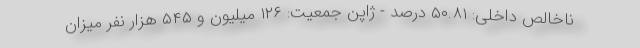
ناخالص داخلی: ۵۰.۸۱ درصد - ژاپن جمعیت: ۱۲۶ میلیون و ۵۴۵ هزار نفر میزان